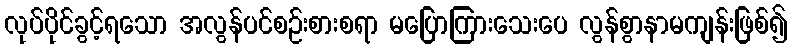
လုပ်ပိုင်ခွင့်ရသော အလွန်ပင်စဉ်းစားစရာ မပြောကြားသေးပေ လွန်စွာနာမကျန်းဖြစ်၍